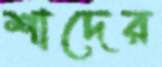
শাদের